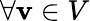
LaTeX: \forall\mathbf{v}\in V